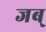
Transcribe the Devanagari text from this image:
जब्